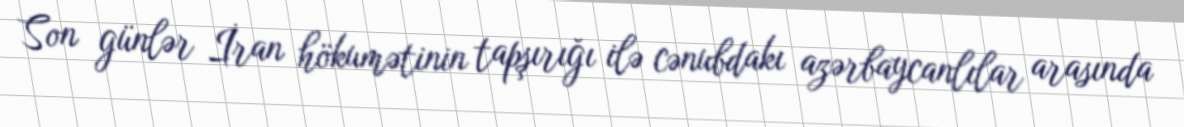
Son günlər İran hökumətinin tapşırığı ilə cənubdakı azərbaycanlılar arasında